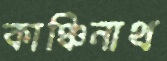
কাঞ্চিনাথ